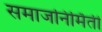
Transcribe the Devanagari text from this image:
समाजनिर्मिती